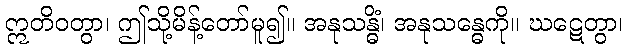
ဣတိဝတွာ၊ ဤသို့မိန့်တော်မူ၍။ အနုသန္ဓိံ၊ အနုသန္ဓေကို။ ဃဋေတွာ၊